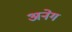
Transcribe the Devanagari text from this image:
अनेग